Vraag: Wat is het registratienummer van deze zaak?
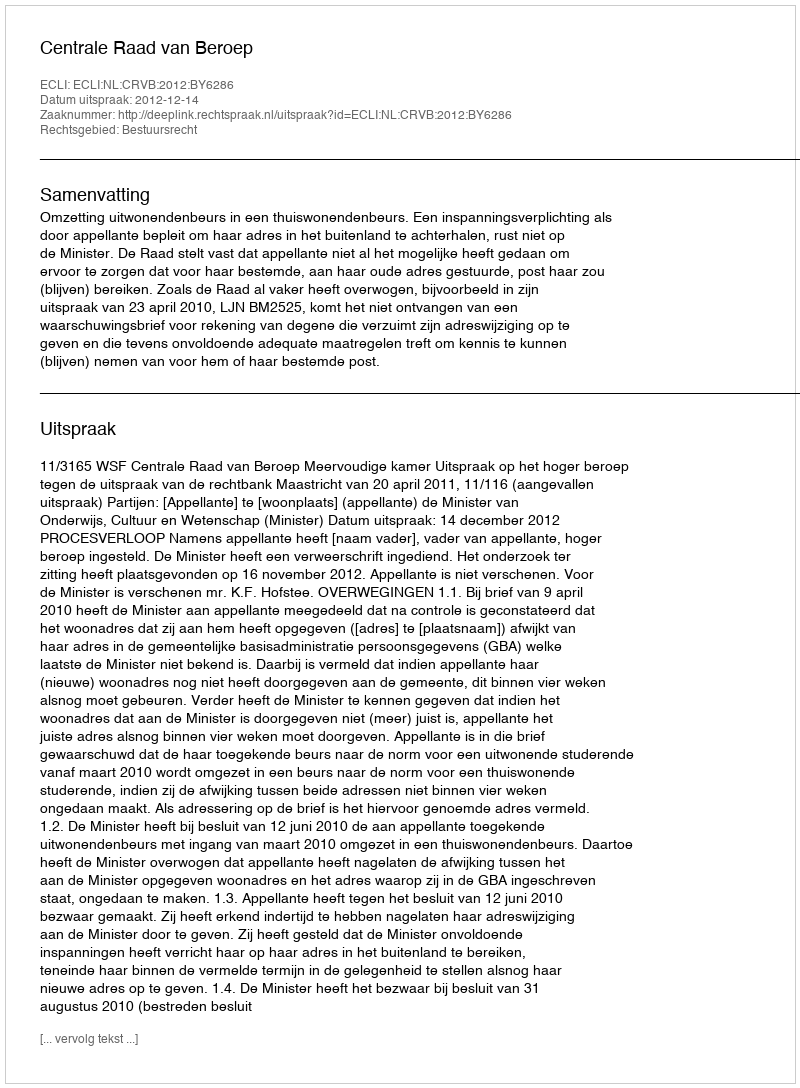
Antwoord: http://deeplink.rechtspraak.nl/uitspraak?id=ECLI:NL:CRVB:2012:BY6286